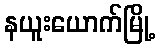
နယူးယောက်မြို့